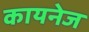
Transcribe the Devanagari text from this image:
कायनेज